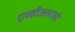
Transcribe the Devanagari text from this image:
एव्हीआरओ